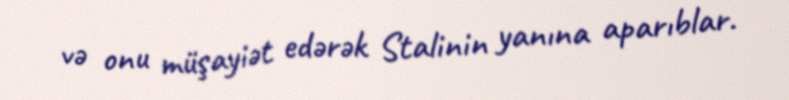
və onu müşayiət edərək Stalinin yanına aparıblar.